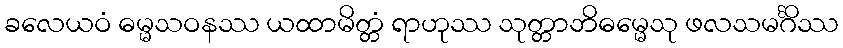
ခလေယဝံ ဓမ္မသဝနဿ ယထာမိတ္တံ ရာဟုဿ သုတ္တာဘိဓမ္မေသု ဖလသမင်္ဂိဿ